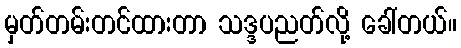
မှတ်တမ်းတင်ထားတာ သဒ္ဒပညတ်လို့ ခေါ်တယ်။